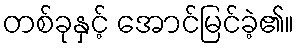
တစ်ခုနှင့် အောင်မြင်ခဲ့၏။